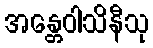
အန္တေဝါသိနီသု